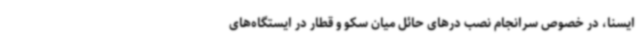
ایسنا، در خصوص سرانجام نصب درهای حائل میان سکو و قطار در ایستگاه‌های